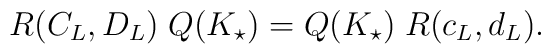
R(C_{L},D_{L})\;Q(K_{\star})=   Q(K_{\star})\;R(c_{L},d_{L}).